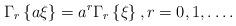
LaTeX: \begin{align*}\Gamma _{r}\left\{ a\xi \right\} =a^{r}\Gamma _{r}\left\{ \xi \right\},r=0,1,\ldots . \end{align*}